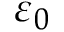
\varepsilon _ { 0 }